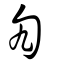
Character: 勼